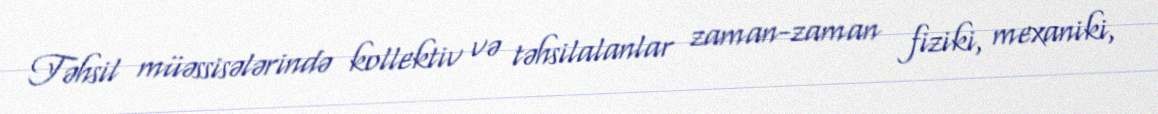
Təhsil müəssisələrində kollektiv və təhsilalanlar zaman-zaman fiziki, mexaniki,